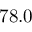
7 8 . 0